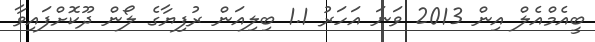
ބީއެމްއެލް އިން 2013 ވަނަ އަހަރު 1.1 ބިލިއަން ރުފިޔާގެ ލޯން ދޫކޮށްފައިވާ